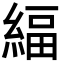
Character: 䋹